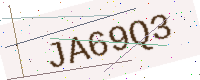
Text: JA69Q3